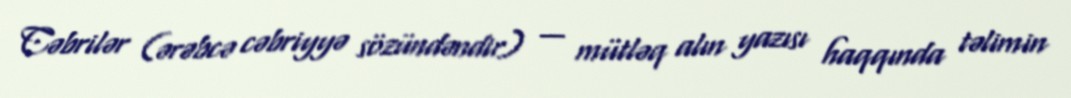
Cəbrilər (ərəbcə cəbriyyə sözündəndir) — mütləq alın yazısı haqqında təlimin